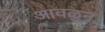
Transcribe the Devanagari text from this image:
आवळुन